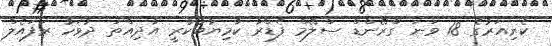
ކެރިއަރުގެ 18 ވަނަ ގްރޭންޑް ސްލޭމް ފެޑްރާ ކާމިޔާބުކުރީ އާދިއްތަ ދުވަހު ރަފައެލް